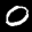
Digit: 0